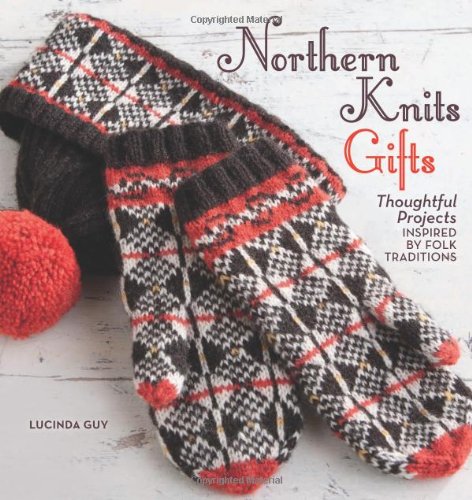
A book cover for Northern Knits Gifts: Thoughtful Projects Inspired by Folk Traditions; Lucinda Guy; Crafts, Hobbies & Home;